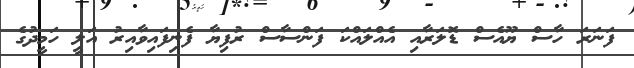
ފަނަރަ ހާސް ޔޫއެސް ޑޮލަރާއި އެއްލައްކަ ފަންސާސް ރުފިޔާ ފެނިފައިވާއިރު އަލީ ހަމީދުގެ